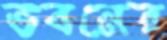
ভবনের